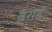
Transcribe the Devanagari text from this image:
ढ्राई